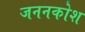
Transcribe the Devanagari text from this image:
जननकोश